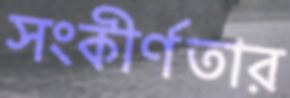
সংকীর্ণতার